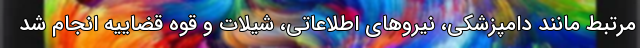
مرتبط مانند دامپزشکی، نیروهای اطلاعاتی، شیلات و قوه قضاییه انجام شد